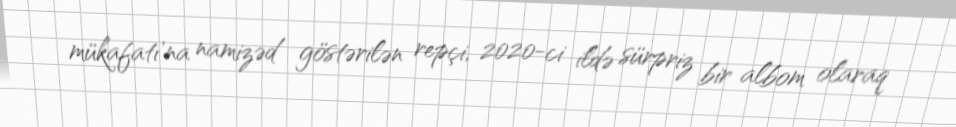
mükafatı’na namizəd göstərilən repçi, 2020-ci ildə sürpriz bir albom olaraq